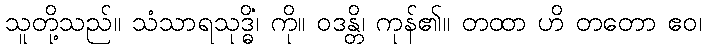
သူတို့သည်။ သံသာရသုဒ္ဓိံ၊ ကို။ ဝဒန္တိ၊ ကုန်၏။ တထာ ဟိ တတော ဧဝ၊